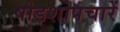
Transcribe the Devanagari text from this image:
षोडशोपचारें